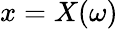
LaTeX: x=X(\omega)